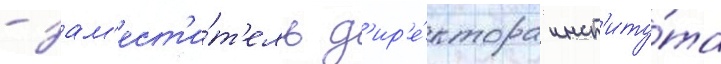
- зам'ест'и́т'ель д'ир'е́ктора инст'иту́та